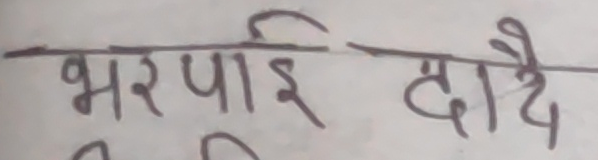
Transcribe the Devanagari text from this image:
भरपाई दिदै